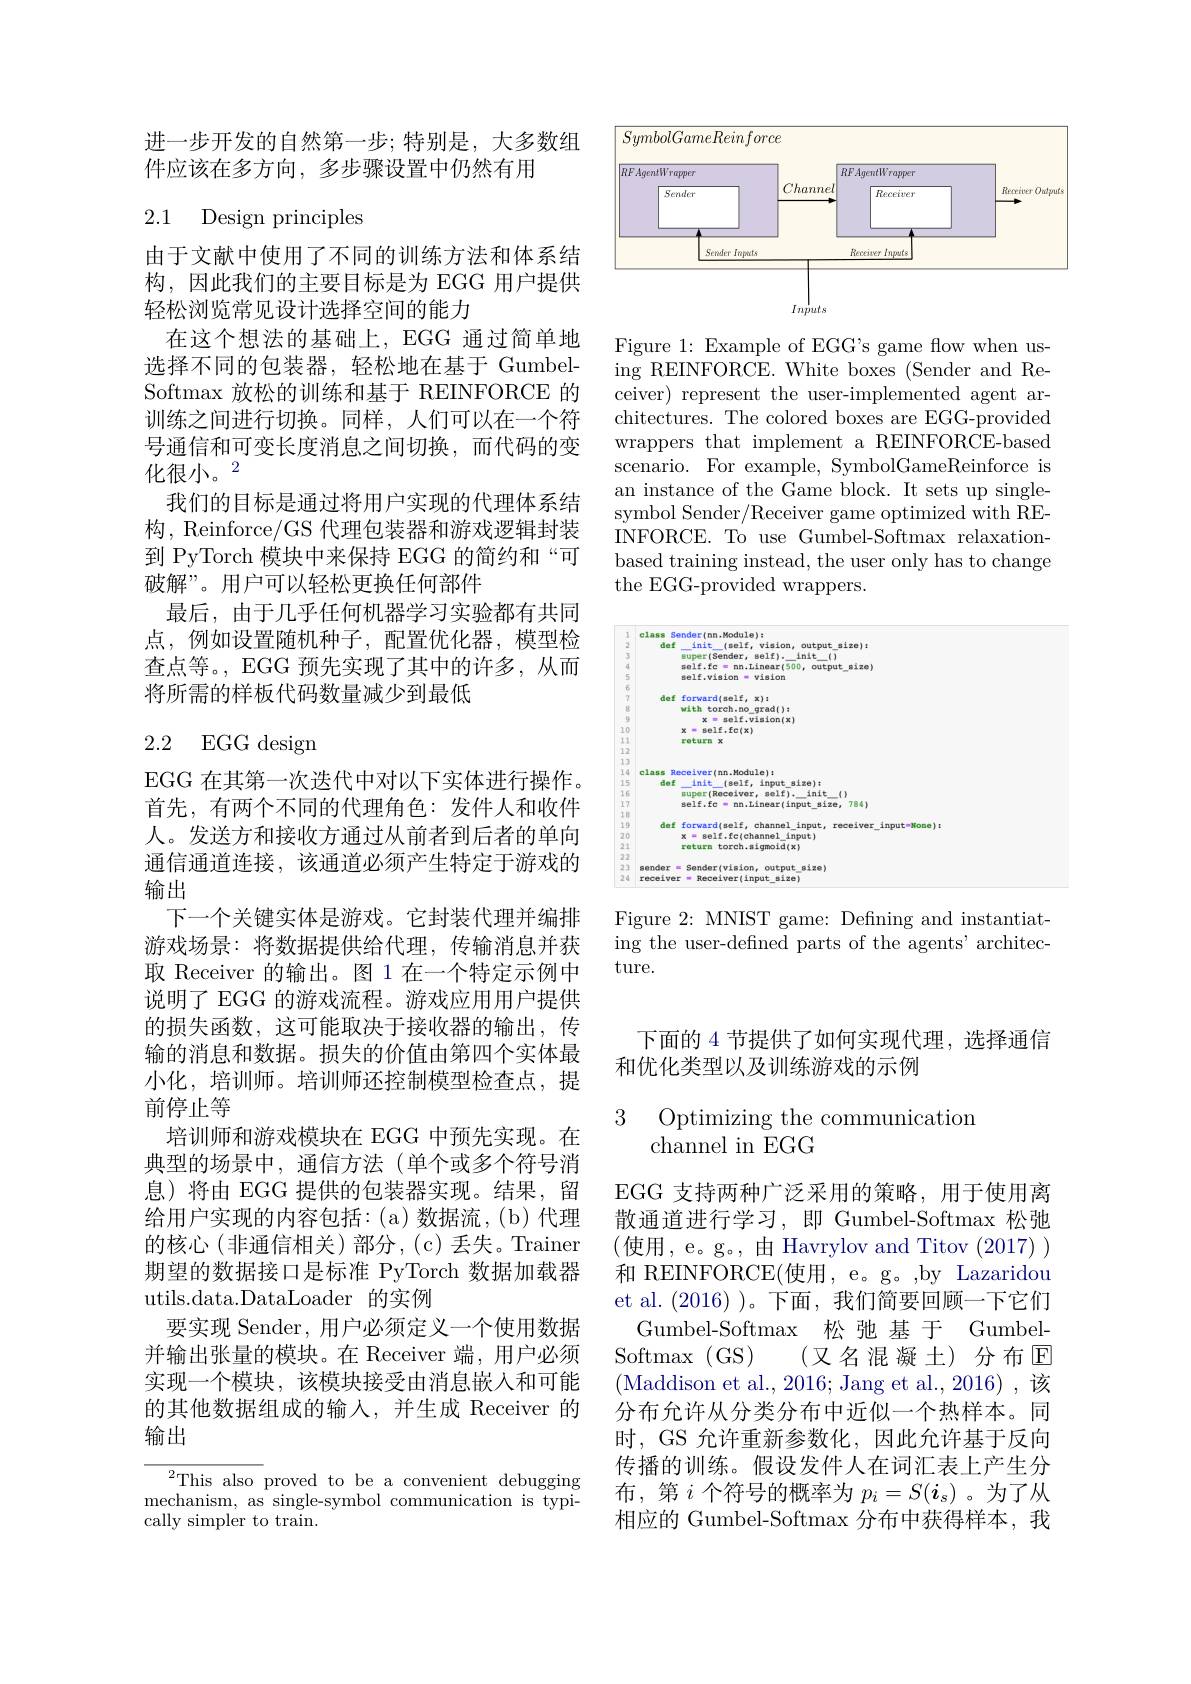
进一步开发的自然第一步；特别是，大多数组
件应该在多方向，多步骤设置中仍然有用

# 2.1 Design principles

由于文献中使用了不同的训练方法和体系结构，因此我们的主要目标是为 EGG 用户提供轻松浏览常见设计选择空间的能力
在这个想法的基础上，EGG 通过简单地选择不同的包装器，轻松地在基于 GumbelSoftmax 放松的训练和基于 REINFORCE 的训练之间进行切换。同样，人们可以在一个符号通信和可变长度消息之间切换，而代码的变化很小。2
我们的目标是通过将用户实现的代理体系结构，Reinforce/GS 代理包装器和游戏逻辑封装到 PyTorch 模块中来保持 EGG 的简约和“可破解”。用户可以轻松更换任何部件
最后，由于几乎任何机器学习实验都有共同点，例如设置随机种子，配置优化器，模型检查点等。, EGG 预先实现了其中的许多，从而将所需的样板代码数量减少到最低

# 2.2 EGG design

EGG 在其第一次迭代中对以下实体进行操作。首先，有两个不同的代理角色：发件人和收件人。发送方和接收方通过从前者到后者的单向通信通道连接，该通道必须产生特定于游戏的输出
下一个关键实体是游戏。它封装代理并编排游戏场景：将数据提供给代理，传输消息并获取 Receiver 的输出。图 1 在一个特定示例中说明了 EGG 的游戏流程。游戏应用用户提供的损失函数，这可能取决于接收器的输出，传输的消息和数据。损失的价值由第四个实体最小化，培训师。培训师还控制模型检查点，提前停止等
培训师和游戏模块在 EGG 中预先实现。在典型的场景中，通信方法(单个或多个符号消息)将由 EGG 提供的包装器实现。结果，留给用户实现的内容包括：(a)数据流，(b)代理的核心(非通信相关)部分，(c)丢失。Trainer 期望的数据接口是标准 PyTorch 数据加载器utils.data.DataLoader 的实例
要实现 Sender, 用户必须定义一个使用数据并输出张量的模块。在 Receiver 端，用户必须实现一个模块，该模块接受由消息嵌入和可能的其他数据组成的输入，并生成 Receiver 的输出

$^{2}$This also proved to be a convenient debugging mechanism, as single-symbol communication is typically simpler to train.

<FigureHere>

Figure 1: Example of EGG's game flow when using REINFORCE. White boxes (Sender and Receiver) represent the user-implemented agent architectures. The colored boxes are EGG-provided wrappers that implement a REINFORCE-based scenario. For example, SymbolGameReinforce is an instance of the Game block. It sets up singlesymbol Sender/Receiver game optimized with REINFORCE. To use Gumbel-Softmax relaxationbased training instead, the user only has to change the EGG-provided wrappers.

<FigureHere>

Figure 2: MNIST game: Defining and instantiating the user-defined parts of the agents' architec- $\operatorname{ture.}$

下面的 4 节提供了如何实现代理，选择通信
和优化类型以及训练游戏的示例

## 3 Optimizing the communication channel in EGG

EGG 支持两种广泛采用的策略，用于使用离散通道进行学习，即 Gumbel-Softmax 松弛(使用，e。g。,由 Havrylov and Titov (2017)) 和 REINFORCE(使用，e。g。,by Lazaridou et al.(2016) )。下面，我们简要回顾一下它们
Gumbel-Softmax 松 弛基 于 Gumbel-
Softmax (GS)
(又名混凝土)分布$\mathbb{E}$
(Maddison et al., 2016; Jang et al., 2016), 该分布允许从分类分布中近似一个热样本。同时，GS 允许重新参数化，因此允许基于反向传播的训练。假设发件人在词汇表上产生分布，第$i$个符号的概率为$p_i=S(\boldsymbol{i}_s)$ 。为了从相应的 Gumbel-Softmax 分布中获得样本，我